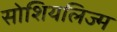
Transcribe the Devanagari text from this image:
सोशियलिज्म